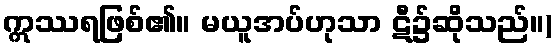
ဣဿရဖြစ်၏။ မယူအပ်ဟုသာ ဋီ၌ဆိုသည်။)